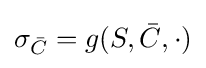
\sigma _{\bar {C}}=g(S,{\bar {C}},\cdot )